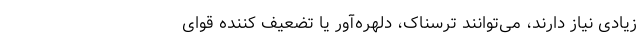
زیادی نیاز دارند، می‌توانند ترسناک، دلهره‌آور یا تضعیف کننده قوای